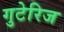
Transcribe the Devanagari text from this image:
गुटेरिज